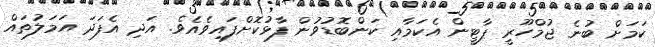
ކަމަށް ބުނެ ޖުމްހޫރީ ޕާޓީން އެކަމާއި ކަންބޮޑުވުން ފާޅުކޮށްފައިވެއެވެ. އަދި އެފަދަ އަމަލުތައް